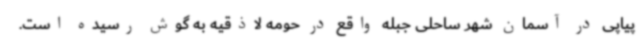
پیاپی در آسمان شهر ساحلی جبله واقع در حومه لاذقیه به گوش رسیده است.